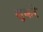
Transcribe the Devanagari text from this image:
सुकरे